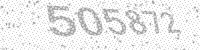
Solution: 505872